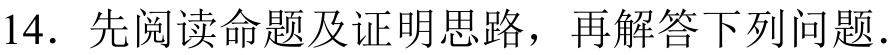
14. 先阅读命题及证明思路，再解答下列问题.